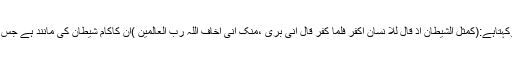
یہ وہ منزل ہے جہاں ہم قرآن کے اس پیغام سے زیادہ شناسائی حاصل کرسکتے ہیں جوکہتاہے:(کمثل الشیطان اذ قال للا نسان اکفر فلما کفر قال انی بری ،منک انی اخاف اللہ ربّ العالمین )ان کاکام شیطان کی مانند ہے جس نے انسان سے کہا کافرہو جا،جب وہ کافرہوگیا تواس نے کہا میں تجھ سے بیزار ہوں ۔